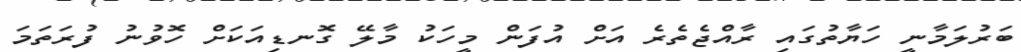
ބަރުލަމާނީ ހަޔާތުގައި ރާއްޖެތެރެ އަށް އުފަން މީހަކު މާލޭ ގޮނޑިއަަކަށް ހޮވުނު ފުރަތަމަ